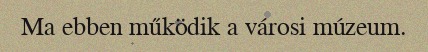
Ma ebben működik a városi múzeum.